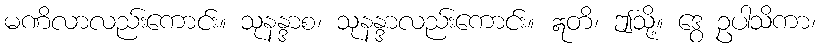
မဏိလာလည်းကောင်း။ သုနန္ဒာစ၊ သုနန္ဒာလည်းကောင်း။ ဣတိ၊ ဤသို့။ ဒွေ ဥပါသိကာ၊